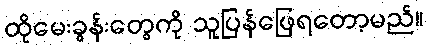
ထိုမေးခွန်းတွေကို သူပြန်ဖြေရတော့မည်။